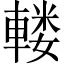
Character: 𨍦